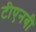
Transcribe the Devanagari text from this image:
टीएनबी